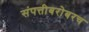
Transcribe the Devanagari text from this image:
संपत्तीबरोबरच